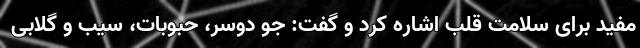
مفید برای سلامت قلب اشاره کرد و گفت: جو دوسر، حبوبات، سیب و گلابی